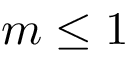
m \leq 1